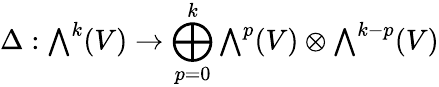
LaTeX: \Delta:{\textstyle\bigwedge}^{k}(V)\to\bigoplus_{p=0}^{k}{\textstyle\bigwedge}^{p}(V)\otimes{\textstyle\bigwedge}^{k-p}(V)